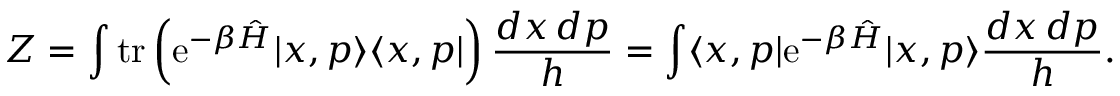
Z = \int \operatorname { t r } \left( \mathrm { e } ^ { - \beta { \hat { H } } } | x , p \rangle \langle x , p | \right) { \frac { d x \, d p } { h } } = \int \langle x , p | \mathrm { e } ^ { - \beta { \hat { H } } } | x , p \rangle { \frac { d x \, d p } { h } } .